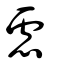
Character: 慮